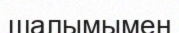
шалымымен